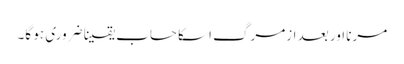
مرنا اور بعد ازمرگ اسکا حساب یقینا ضروری ہو گا۔